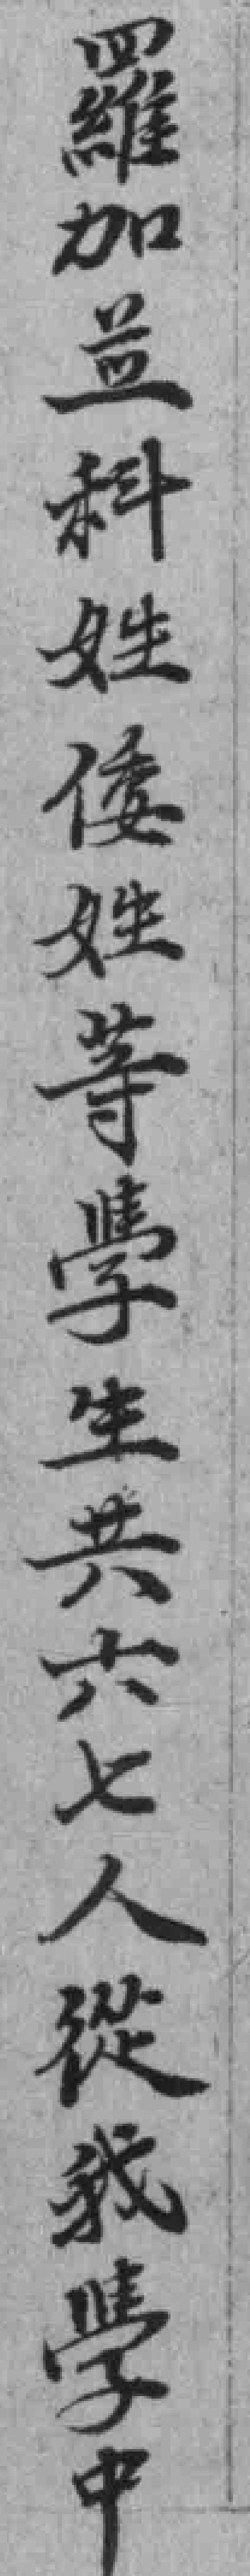
羅加並科姓倭姓等學生共六七人從我學中